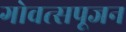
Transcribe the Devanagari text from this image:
गोवत्सपूजन